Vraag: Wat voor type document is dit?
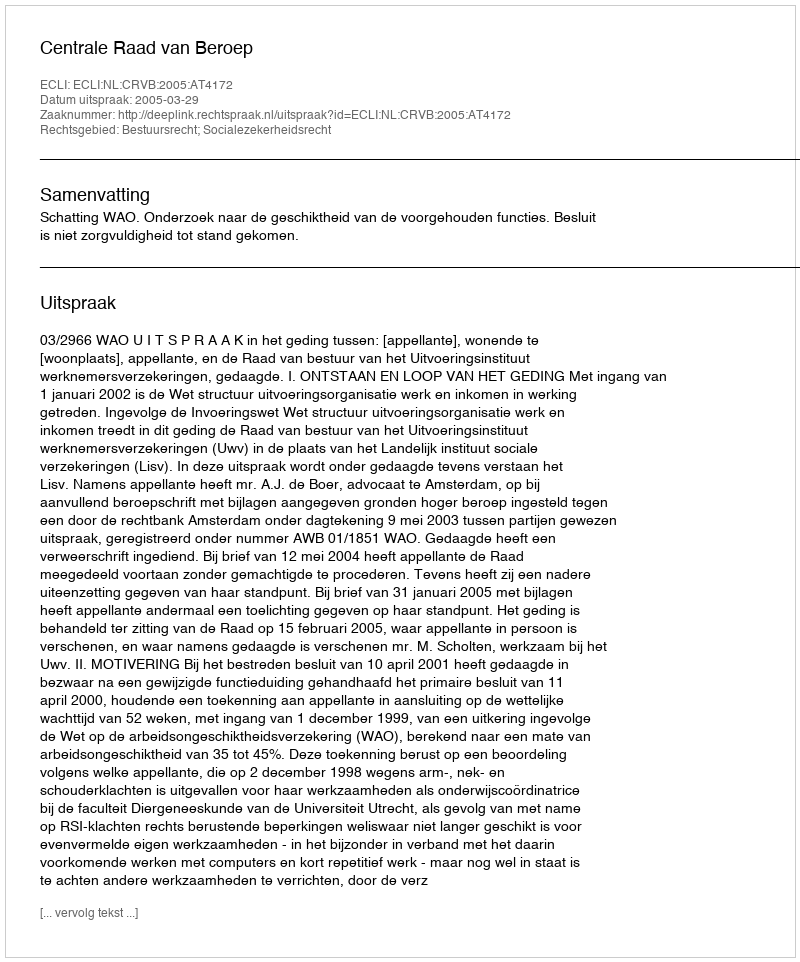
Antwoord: Uitspraak